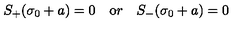
S _ { + } ( \sigma _ { 0 } + a ) = 0 \quad { \mathrm { o } r } \quad S _ { - } ( \sigma _ { 0 } + a ) = 0